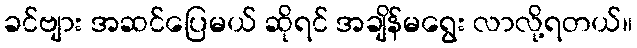
ခင်ဗျား အဆင်ပြေမယ် ဆိုရင် အချိန်မရွေး လာလို့ရတယ်။